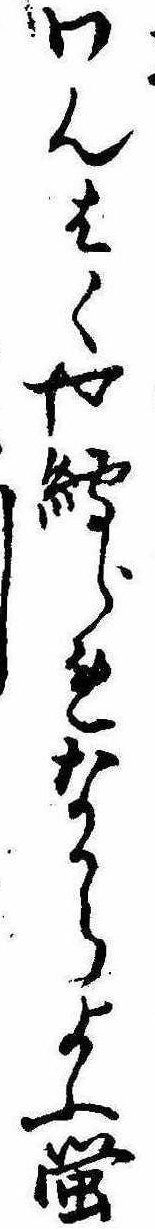
わんはくや縛られなからよふ蛍